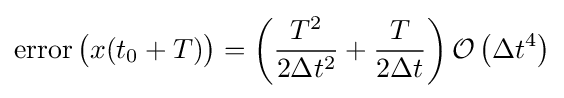
\operatorname {error} {\bigl (}x(t_{0}+T){\bigr )}=\left({\frac {T^{2}}{2\Delta t^{2}}}+{\frac {T}{2\Delta t}}\right){\mathcal {O}}\left(\Delta t^{4}\right)